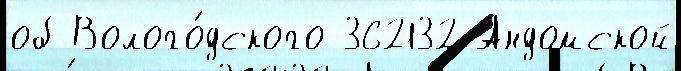
об Волого́дского 362132 Андомской